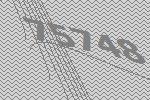
75748